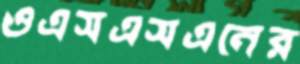
ওএসএসএনের